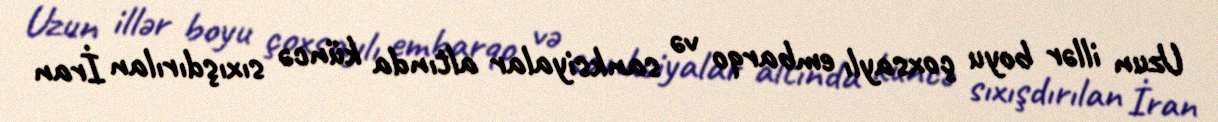
Uzun illər boyu çoxsaylı embarqo və sanksiyalar altında küncə sıxışdırılan İran